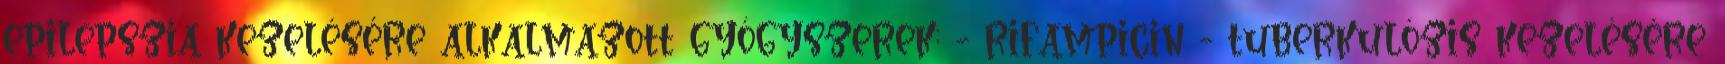
epilepszia kezelésére alkalmazott gyógyszerek; - rifampicin - tuberkulózis kezelésére